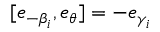
[ e _ { - \beta _ { i } } , e _ { \theta } ] = - e _ { \gamma _ { i } }